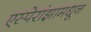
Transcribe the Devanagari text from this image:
एस्पेरांझामधून